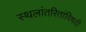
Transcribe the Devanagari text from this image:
स्थलांतरितांविषयी